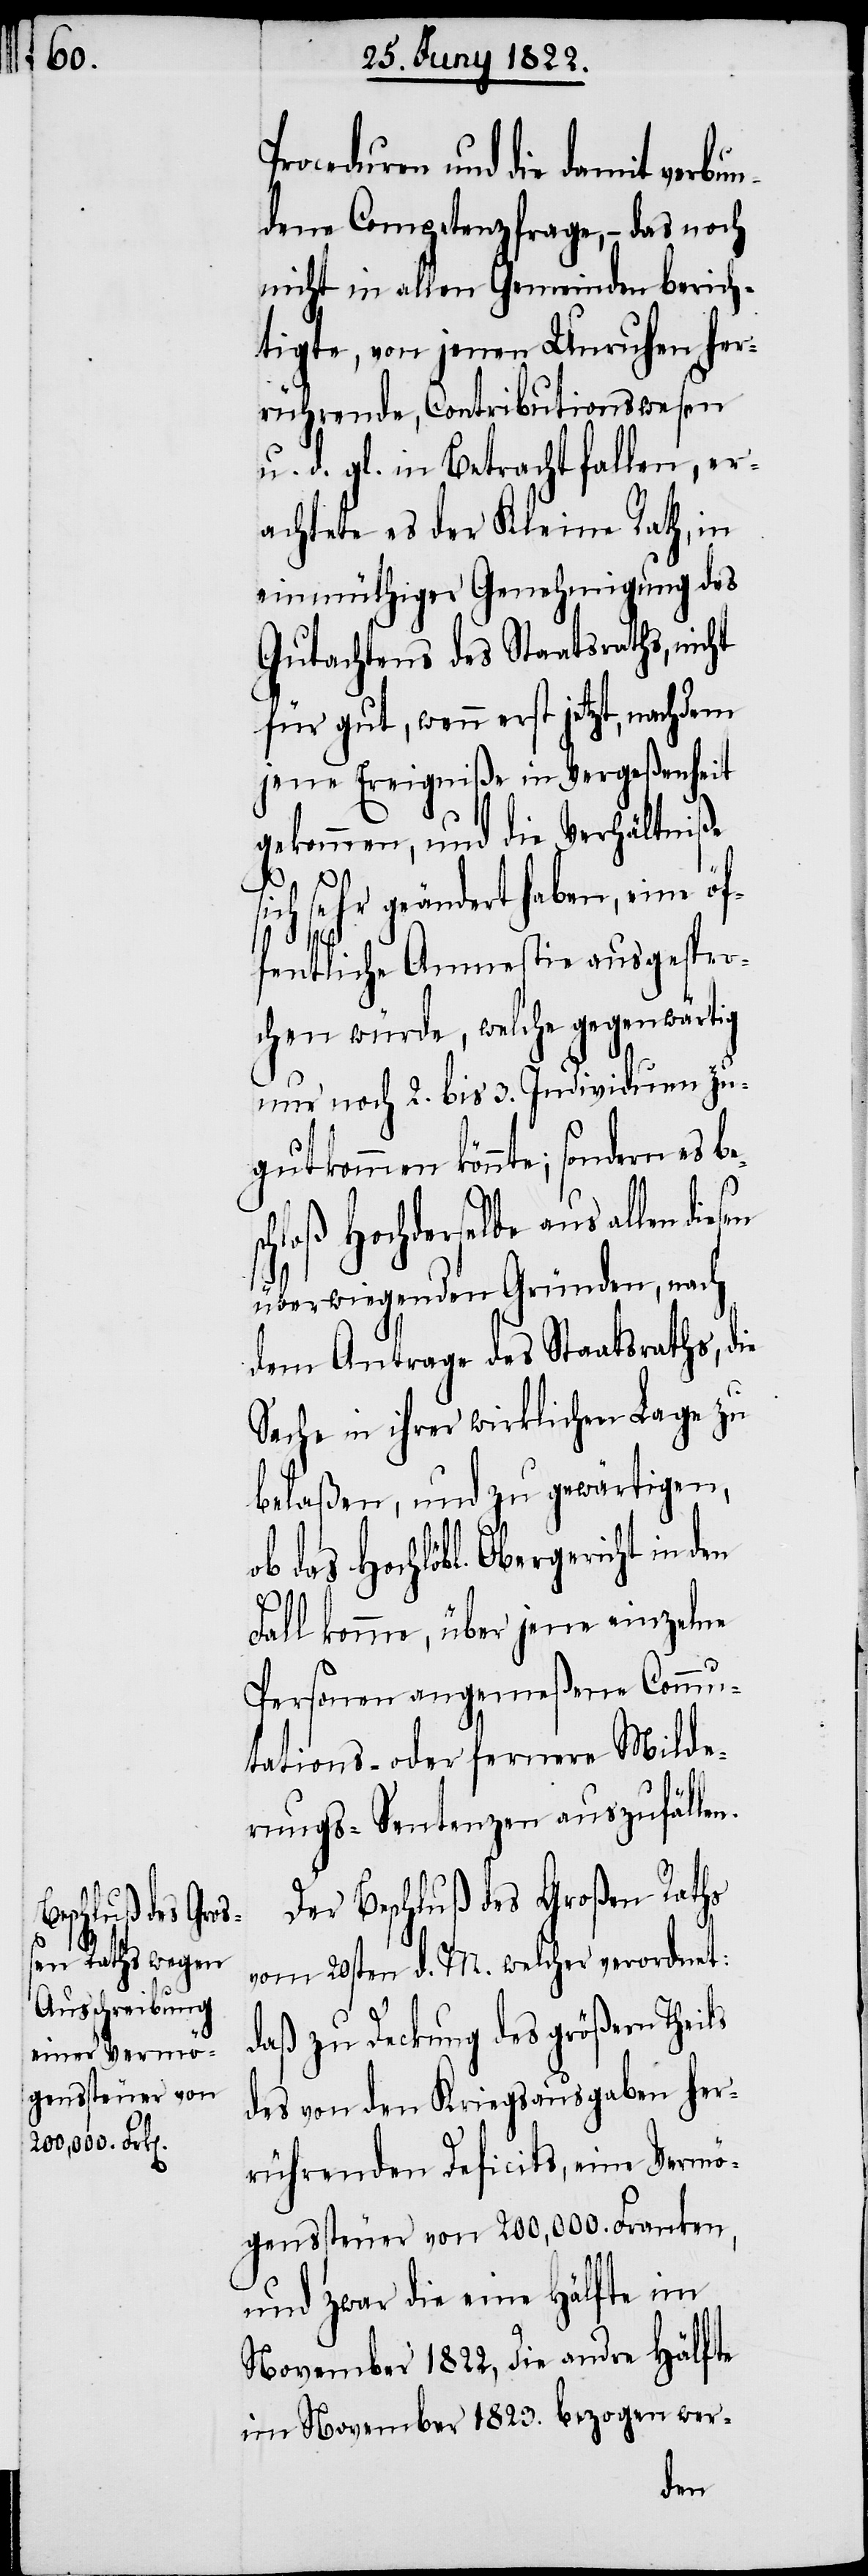
Proceduren und die damit verbu¬
ndene Competenzfrage, – das noch
nicht in allen Gemeinden berich¬
tigte, von jenen Urkunden her¬
rührende, Contributionswesen
u. d. gl. in Betracht fallen, er¬
achtete es der Kleine Rath, in
einmüthiger Genehmigung des
Gutachtens des Staatsraths, nicht
für gut, wenn erst jetzt, nachdem
jene Ereigniße in Vergeßenheit
gekommen, und die Verhältniße
s¬
ich sehr geändert haben, eine öf¬
besc¬
fentliche Amnestie ausgespro¬
chen würde, welche gegenwärtig
nur noch 2. bis 3. Individuen zu¬
gut kommen könnte; sondern es
hloß Hochderselbe aus allen
überwiegenden Gründen, nach
dem Antrage des Staatsraths, die
Sache in ihrer wirklichen Lage zu
belaßen, und zu gewärtigen,
das Hochlöbl. Obergericht in den
Fall komme, über jene einzelne
Personen angemeßene Commu¬
tations- oder fernere Milde¬
rungs-Sentenzen auszufällen.
Der Beschluß des Großen Raths
vom 20sten d. M. welcher verordnet:
daß zu Deckung des größern Theils
des von den Kriegsausgaben her¬
rührenden Deficits, eine Vermö¬
genssteuer von 200,000 Franken,
und zwar eine Hälfte im
November 1822, die andre Hälfte
im November 1823. bezogen wer-